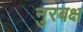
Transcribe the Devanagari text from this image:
नुरबक्ष